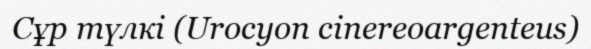
Сұр түлкі (Urocyon cinereoargenteus)